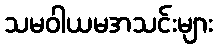
သမဝါယမအသင်းများ